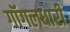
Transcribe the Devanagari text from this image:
गॉगलधारी